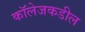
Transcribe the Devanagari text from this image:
कॉलेजकडील